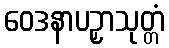
ဝေဒနာပဉှာသုတ္တံ